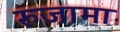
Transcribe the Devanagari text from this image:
रुजामा